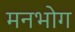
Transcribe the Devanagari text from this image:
मनभोग